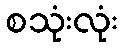
စသုံးလုံး